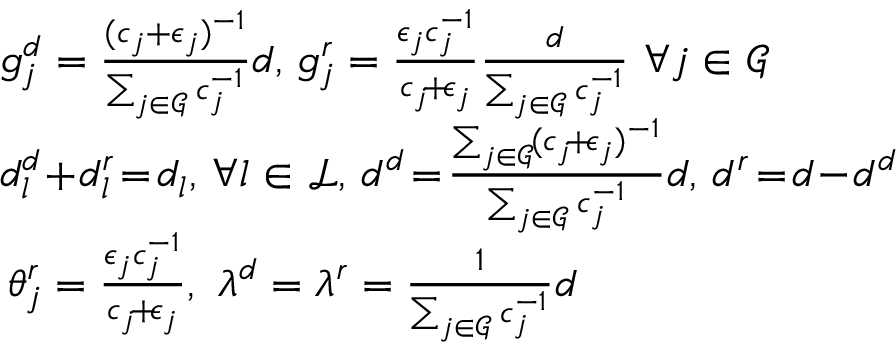
\begin{array} { r l } & { \! \! \! g _ { j } ^ { d } = \frac { ( c _ { j } + \epsilon _ { j } ) ^ { - 1 } } { \sum _ { j \in \mathcal { G } } c _ { j } ^ { - 1 } } d , \! \ g _ { j } ^ { r } = \frac { \epsilon _ { j } c _ { j } ^ { - 1 } } { c _ { j } \! + \! \epsilon _ { j } } \frac { d } { \sum _ { j \in \mathcal { G } } c _ { j } ^ { - 1 } } \ \forall j \in \mathcal { G } } \\ & { \! \! \! d _ { l } ^ { d } \! + \! d _ { l } ^ { r } \! = \! d _ { l } , \ \! \forall l \in \mathcal { L } , \! \ d ^ { d } \! = \! \frac { \sum _ { j \in \mathcal { G } } \! ( c _ { j } \! + \! \epsilon _ { j } ) ^ { - 1 } } { \sum _ { j \in \mathcal { G } } c _ { j } ^ { - 1 } } d , \! \ d ^ { r } \! = \! d \! - \! d ^ { d } } \\ & { \! \! \theta _ { j } ^ { r } = \frac { \epsilon _ { j } c _ { j } ^ { - 1 } } { c _ { j } \! + \! \epsilon _ { j } } , \ \lambda ^ { d } = \lambda ^ { r } = \frac { 1 } { \sum _ { j \in \mathcal { G } } c _ { j } ^ { - 1 } } d } \end{array}